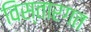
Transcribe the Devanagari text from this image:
विस्तारगत